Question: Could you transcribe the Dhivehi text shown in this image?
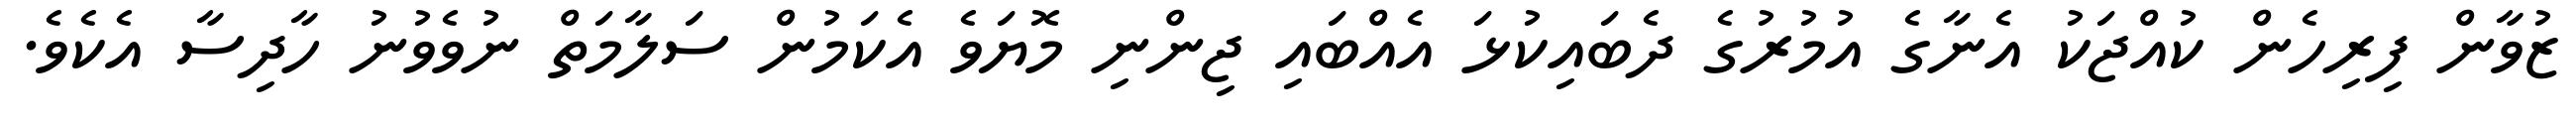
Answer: ޒުވާން ފިރިހެން ކުއްޖަކު އެނާގެ އުމުރުގެ ދެބައިކުޅަ އެއްބައި ޖިންނި މޮޔަވެ އެކަމުން ސަލާމަތް ނުވެވުނު ހާދިސާ އެކެވެ.